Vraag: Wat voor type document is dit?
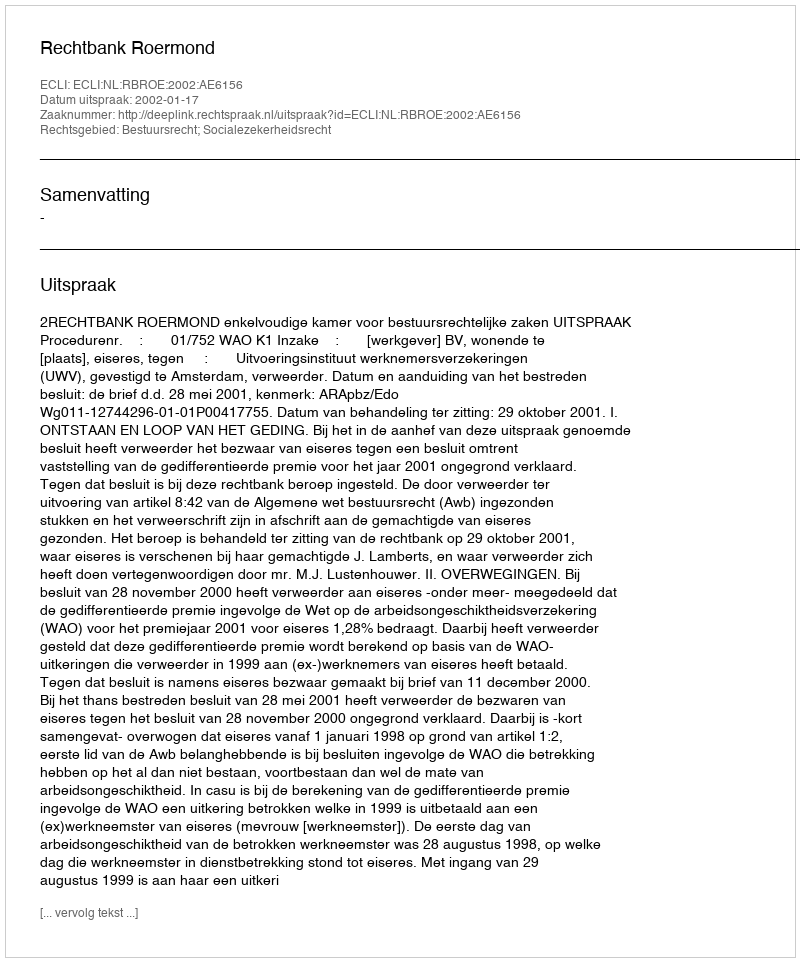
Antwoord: Uitspraak